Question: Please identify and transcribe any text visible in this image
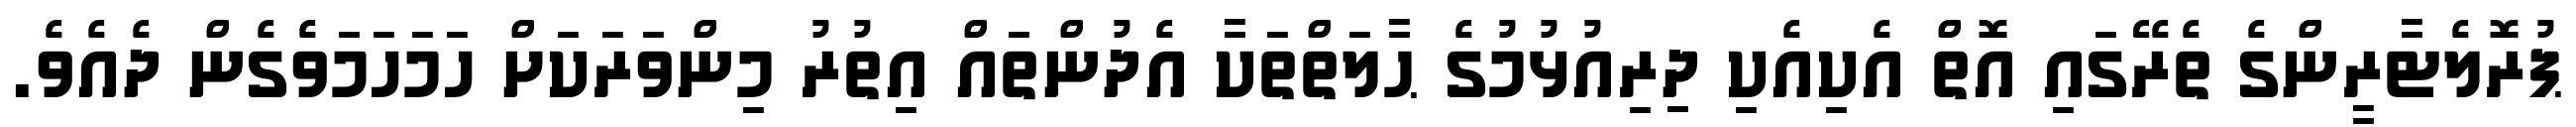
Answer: ޕުރޮލެޓާރީންގެ ތެރޭގައި އޮތް އެކިއެކި ދިރިއުޅުމުގެ ޙާލަތްތަކާ އެދުންތައް އިތުރު މިންވަރަކަށް ހަމަހަމަވެގެން ދެއެވެ.